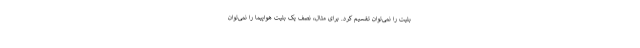
بلیت را نمی‌توان تقسیم کرد. برای مثال، نصف یک بلیت هواپیما را نمی‌توان